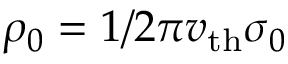
\rho _ { 0 } = 1 / 2 \pi v _ { \mathrm { t h } } \sigma _ { 0 }